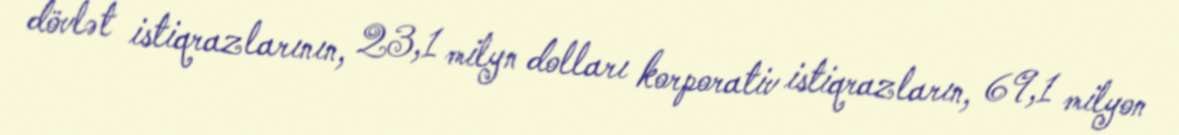
dövlət istiqrazlarının, 23,1 milyn dolları korporativ istiqrazların, 69,1 milyon